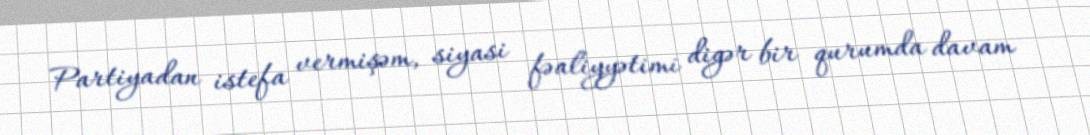
Partiyadan istefa vermişəm, siyasi fəaliyyətimi digər bir qurumda davam